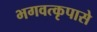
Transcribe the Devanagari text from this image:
भगवत्‍कृपासे